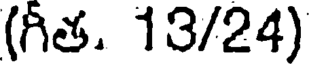
(గీత. 13/24)